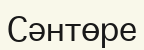
Сәнтөре